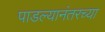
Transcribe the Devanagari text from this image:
पाडल्यानंतरच्या